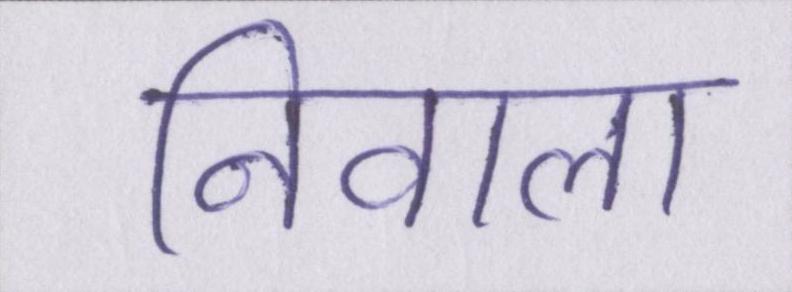
निवाला